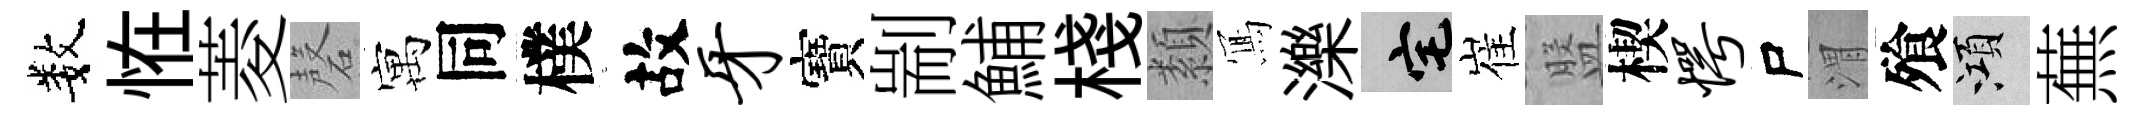
数恠菱磬寓同樸故牙寶剬鯆棧纇𭂁濼宅崔盤楔愕尸渭飱澒蕪